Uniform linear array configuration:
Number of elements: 32
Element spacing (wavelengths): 0.5
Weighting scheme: uniform
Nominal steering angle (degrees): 15
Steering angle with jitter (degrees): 14.481
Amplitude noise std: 0.05
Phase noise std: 0.05

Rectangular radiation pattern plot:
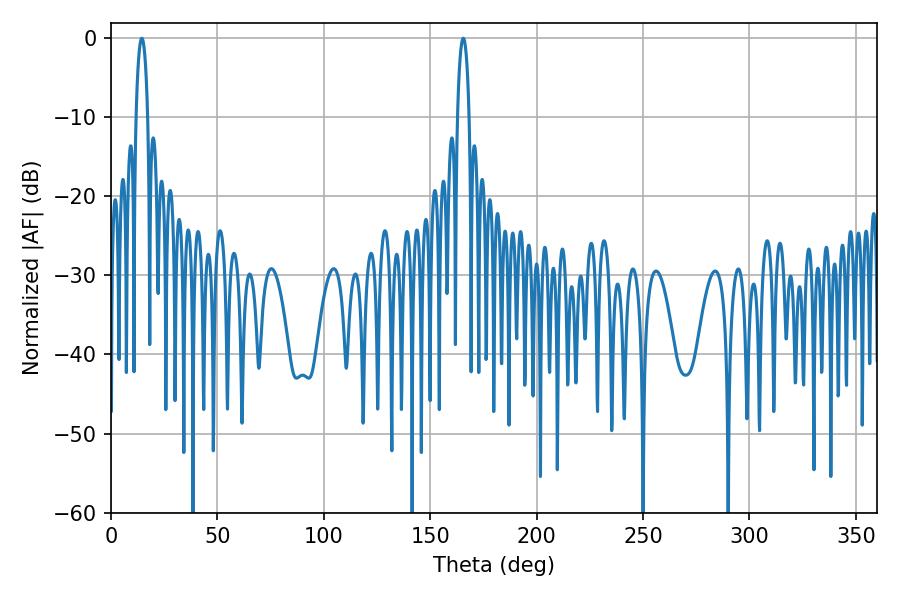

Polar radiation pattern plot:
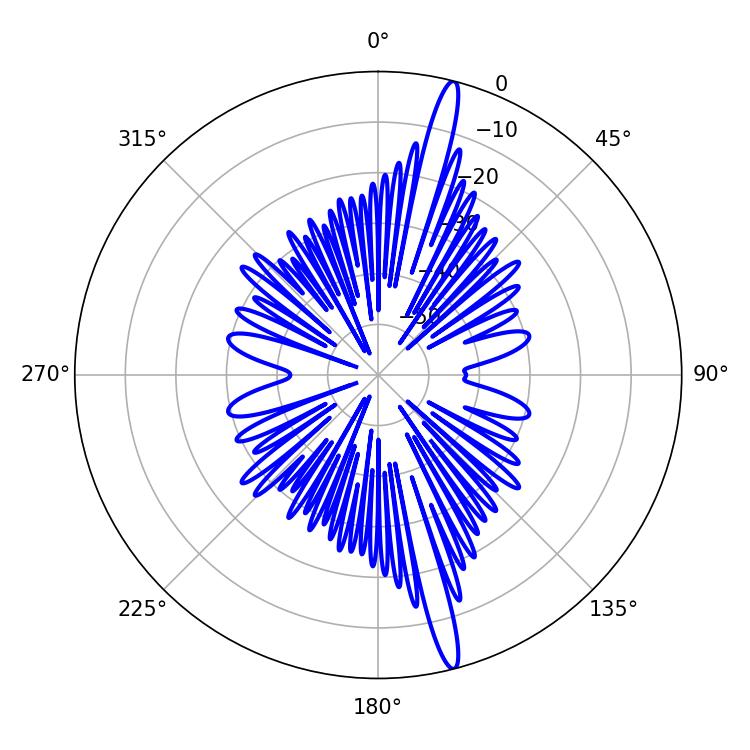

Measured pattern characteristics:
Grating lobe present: FALSE
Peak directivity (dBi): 17.977
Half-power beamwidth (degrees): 3.06
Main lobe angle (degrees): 165.6